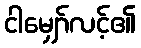
ငါမျှော်လင့်၏